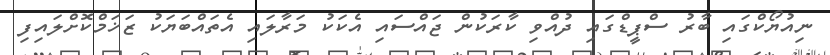
ނިއުޔޯކްގައި ބާރު ސްޕީޑްގައި ދުއްވި ކާރަކުން ޖައްސައި އެކަކު މަރާލައި އެތައްބަޔަކު ޒަޚަމްކޮށްލައިފި